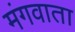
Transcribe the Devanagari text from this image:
मंगवाता